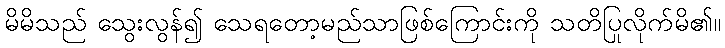
မိမိသည် သွေးလွန်၍ သေရတော့မည်သာဖြစ်ကြောင်းကို သတိပြုလိုက်မိ၏။